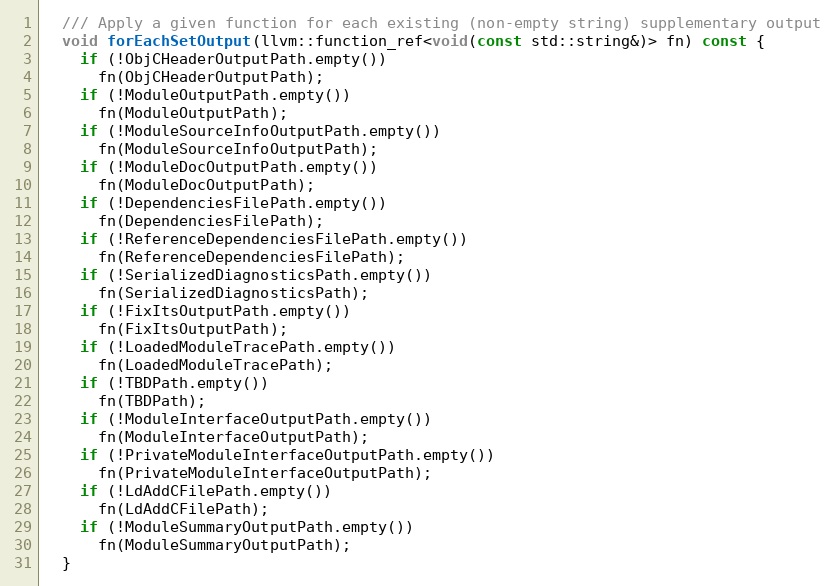
Language: C
  /// Apply a given function for each existing (non-empty string) supplementary output
  void forEachSetOutput(llvm::function_ref<void(const std::string&)> fn) const {
    if (!ObjCHeaderOutputPath.empty())
      fn(ObjCHeaderOutputPath);
    if (!ModuleOutputPath.empty())
      fn(ModuleOutputPath);
    if (!ModuleSourceInfoOutputPath.empty())
      fn(ModuleSourceInfoOutputPath);
    if (!ModuleDocOutputPath.empty())
      fn(ModuleDocOutputPath);
    if (!DependenciesFilePath.empty())
      fn(DependenciesFilePath);
    if (!ReferenceDependenciesFilePath.empty())
      fn(ReferenceDependenciesFilePath);
    if (!SerializedDiagnosticsPath.empty())
      fn(SerializedDiagnosticsPath);
    if (!FixItsOutputPath.empty())
      fn(FixItsOutputPath);
    if (!LoadedModuleTracePath.empty())
      fn(LoadedModuleTracePath);
    if (!TBDPath.empty())
      fn(TBDPath);
    if (!ModuleInterfaceOutputPath.empty())
      fn(ModuleInterfaceOutputPath);
    if (!PrivateModuleInterfaceOutputPath.empty())
      fn(PrivateModuleInterfaceOutputPath);
    if (!LdAddCFilePath.empty())
      fn(LdAddCFilePath);
    if (!ModuleSummaryOutputPath.empty())
      fn(ModuleSummaryOutputPath);
  }